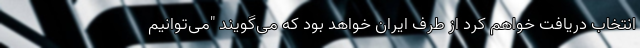
انتخاب دریافت خواهم کرد از طرف ایران خواهد بود که می‌گویند "می‌توانیم